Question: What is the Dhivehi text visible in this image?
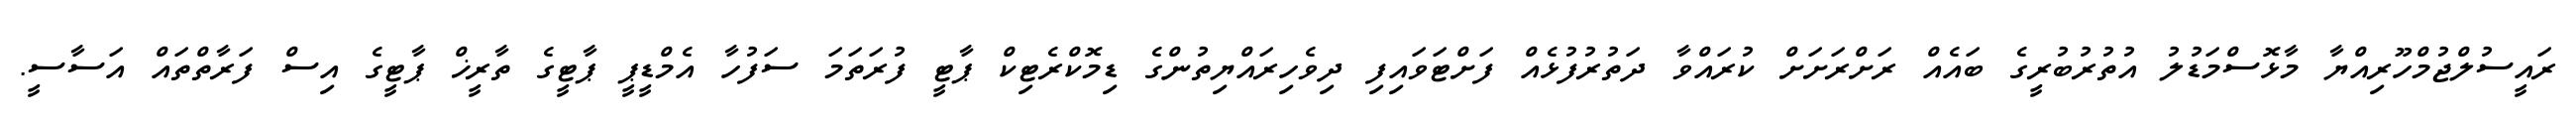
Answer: ރައީސުލްޖުމްހޫރިއްޔާ މާޅޮސްމަޑުލު އުތުރުބުރީގެ ބައެއް ރަށްރަށަށް ކުރައްވާ ދަތުރުފުޅެއް ފަށްޓަވައިފި ދިވެހިރައްޔިތުންގެ ޑިމޮކްރެޓިކް ޕާޓީ ފުރަތަމަ ސަފުހާ އެމްޑީޕީ ޕާޓީގެ ތާރީޚް ޕާޓީގެ އިސް ފަރާތްތައް އަސާސީ.